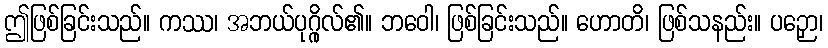
ဤဖြစ်ခြင်းသည်။ ကဿ၊ အဘယ်ပုဂ္ဂိုလ်၏။ ဘဝေါ၊ ဖြစ်ခြင်းသည်။ ဟောတိ၊ ဖြစ်သနည်း။ ပဉှော၊